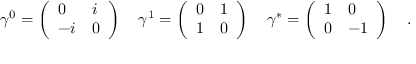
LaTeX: \gamma ^ { 0 } = \left( \begin{array} { l l } { { 0 } } & { { i } } \\ { { - i } } & { { 0 } } \end{array} \right) \quad \gamma ^ { 1 } = \left( \begin{array} { l l } { { 0 } } & { { 1 } } \\ { { 1 } } & { { 0 } } \end{array} \right) \quad \gamma ^ { * } = \left( \begin{array} { l l } { { 1 } } & { { 0 } } \\ { { 0 } } & { { - 1 } } \end{array} \right) \quad .